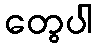
တွေပါ